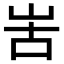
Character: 𠰛